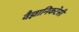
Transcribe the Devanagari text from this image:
वैज्ञानिकटेसी